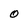
Character: O